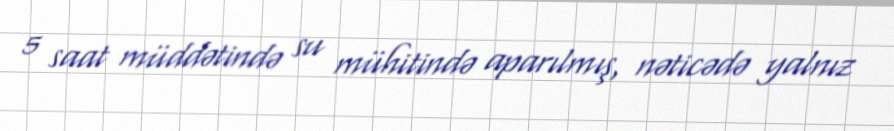
5 saat müddətində su mühitində aparılmış, nəticədə yalnız